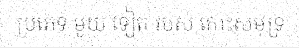
ប្រភេទ មួយ ទៀត របស់ កោះសមុទ្រ